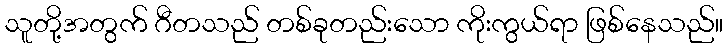
သူတို့အတွက် ဂီတသည် တစ်ခုတည်းသော ကိုးကွယ်ရာ ဖြစ်နေသည်။